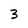
Character: 3